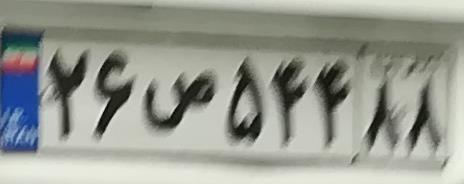
۲۶ص۵۴۴۸۸